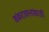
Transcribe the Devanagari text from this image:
संकटग्रस्तांसाठी